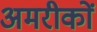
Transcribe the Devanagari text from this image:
अमरीकों